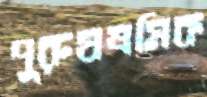
পুরুষশ্রমিক